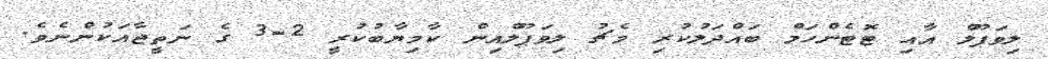
ލިވަޕޫލް އާއި ޓޮޓެންހަމް ބައްދަލުކުރި މެޗު ލިވަޕޫލްއިން ކާމިޔާބުކުރީ 2-3 ގެ ނަތީޖާއަކުންނެވެ.